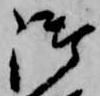
御